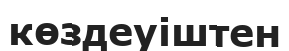
көздеуіштен